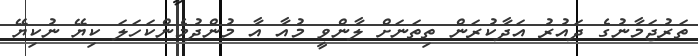
ތަރުޖަމާނުގެ ދައުރު އަދާކުރަން ތިތަނަށް ލާންވީ މުއާ އާ މުންދުމެންކަހަލަ ކިޔޭ ނުކިޔޭ